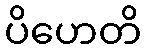
ပိဟေတိ